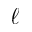
\ell